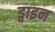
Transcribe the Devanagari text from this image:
ड्वाइन